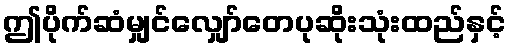
ဤပိုက်ဆံမျှင်လျှော်တေပုဆိုးသုံးထည်နှင့်